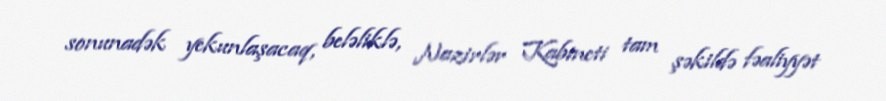
sonunadək yekunlaşacaq, beləliklə, Nazirlər Kabineti tam şəkildə fəaliyyət